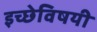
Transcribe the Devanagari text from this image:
इच्छेविषयी